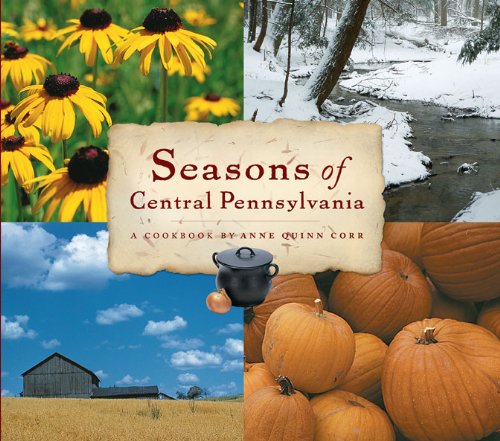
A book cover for Seasons of Central Pennsylvania: A Cookbook (Keystone Book) (A Keystone Book Â®); Anne Quinn Corr; Cookbooks, Food & Wine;